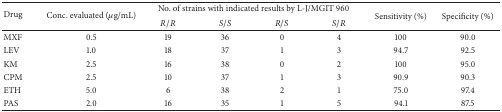
<table><thead><tr><td rowspan="2"><b>Drug</b></td><td rowspan="2"><b>Conc. evaluated (<i>μ</i>g/mL)</b></td><td colspan="4"><b>No. of strains with indicated results by L-J/MGIT 960</b></td><td rowspan="2"><b>Sensitivity (%)</b></td><td rowspan="2"><b>Specificity (%)</b></td></tr><tr><td><b><i>R</i>/<i>R</i></b></td><td><b><i>S</i>/<i>S</i></b></td><td><b><i>R</i>/<i>S</i></b></td><td><b><i>S</i>/<i>R</i></b></td></tr></thead><tbody><tr><td>MXF</td><td>0.5</td><td>19</td><td>36</td><td>0</td><td>4</td><td>100</td><td>90.0</td></tr><tr><td>LEV</td><td>1.0</td><td>18</td><td>37</td><td>1</td><td>3</td><td>94.7</td><td>92.5</td></tr><tr><td>KM</td><td>2.5</td><td>16</td><td>38</td><td>0</td><td>2</td><td>100</td><td>95.0</td></tr><tr><td>CPM</td><td>2.5</td><td>10</td><td>37</td><td>1</td><td>3</td><td>90.9</td><td>90.3</td></tr><tr><td>ETH</td><td>5.0</td><td>6</td><td>38</td><td>2</td><td>1</td><td>75.0</td><td>97.4</td></tr><tr><td>PAS</td><td>2.0</td><td>16</td><td>35</td><td>1</td><td>5</td><td>94.1</td><td>87.5</td></tr></tbody></table>